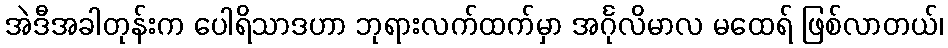
အဲဒီအခါတုန်းက ပေါရိသာဒဟာ ဘုရားလက်ထက်မှာ အင်္ဂုလိမာလ မထေရ် ဖြစ်လာတယ်၊